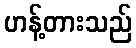
ဟန့်တားသည်